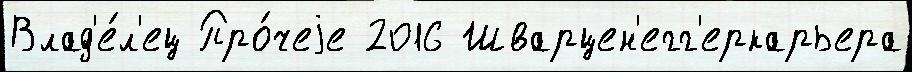
Влад'е́л'ец Про́чеjе 2016 Шварцен'егг'еркарьера